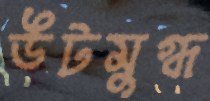
উটমুগ্ধ